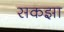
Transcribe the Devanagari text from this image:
सकझा